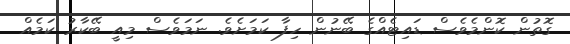
ގޮތުން ކޮންމެވެސް ޑައިޓެއްގެ ބޭނުން ހިފާ ކަމަށެވެ. ނަމަވެސް މިއީ ބޭކާރު ކަމެއް